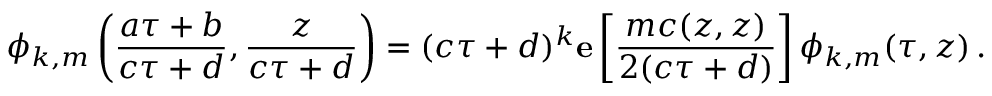
\phi _ { k , m } \left( \frac { a \tau + b } { c \tau + d } , \frac { z } { c \tau + d } \right) = ( c \tau + d ) ^ { k } { \bf e } \left[ \frac { m c ( z , z ) } { 2 ( c \tau + d ) } \right] \phi _ { k , m } ( \tau , z ) \, .